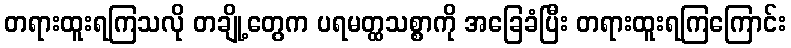
တရားထူးရကြသလို တချို့တွေက ပရမတ္ထသစ္စာကို အခြေခံပြီး တရားထူးရကြကြောင်း